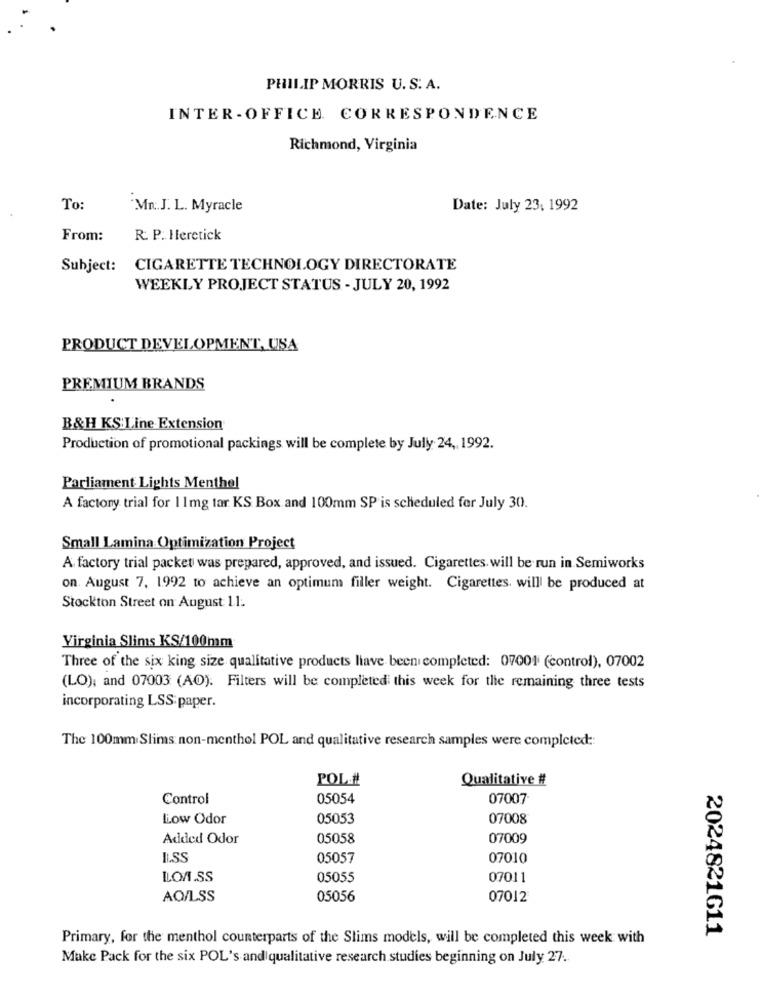
PHILIP MORRIS U. S. A.
INTER - OFFICE. CORRESPONDENCE
Richmond, Virginia
To:
Mn :. J. L. Myracle
Date: July 23, 1992
From:
R. P. Heretick
Subject:
CIGARETTE TECHNOLOGY DIRECTORATE
WEEKLY PROJECT STATUS - JULY 20, 1992
PRODUCT DEVELOPMENT, USA
PREMIUM BRANDS
B&H KS:Line Extension
Production of promotional packings will be complete by July 24 ,, 1992.
Parliament Lights Menthel
A factory trial for 1 1mg tar KS Box and 100mm SP is scheduled for July 30.
Small Lamina Optimization Project
A factory trial packet was prepared, approved, and issued. Cigarettes. will be run in Semiworks
on. August 7, 1992 to achieve an optimum filler weight. Cigarettes. will be produced at
Stockton Street on August 11.
Virginia Slims KS/100mm
Three of the six king size qualitative products liave been completed: 07001 (control), 07002
(LO), and 07003 (AO). Filters will be completed this week for the remaining three tests
incorporating LSS paper.
The 100mm Slims non-menthol POL and qualitative research samples were completed ::
POL .!
Qualitative #
Control
05054
07007
LLow Odor
05053
07008
Added Odor
05058
07009
I.SS
05057
07010
LOA.SS
05055
07011
AO/LSS
05056
07012
Primary, for the menthol counterparts of the Slims models, will be completed this week with
2024821611
Make Pack for the six POL's and qualitative research studies beginning on July 27.